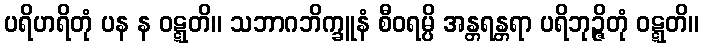
ပရိဟရိတုံ ပန န ဝဋ္ဋတိ။ သဘာဂဘိက္ခူနံ စီဝရမ္ပိ အန္တရန္တရာ ပရိဘုဉ္ဇိတုံ ဝဋ္ဋတိ။